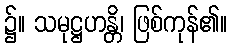
၌။ သမုဋ္ဌဟန္တိ၊ ဖြစ်ကုန်၏။